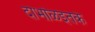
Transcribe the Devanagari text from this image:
दाभोळइतके